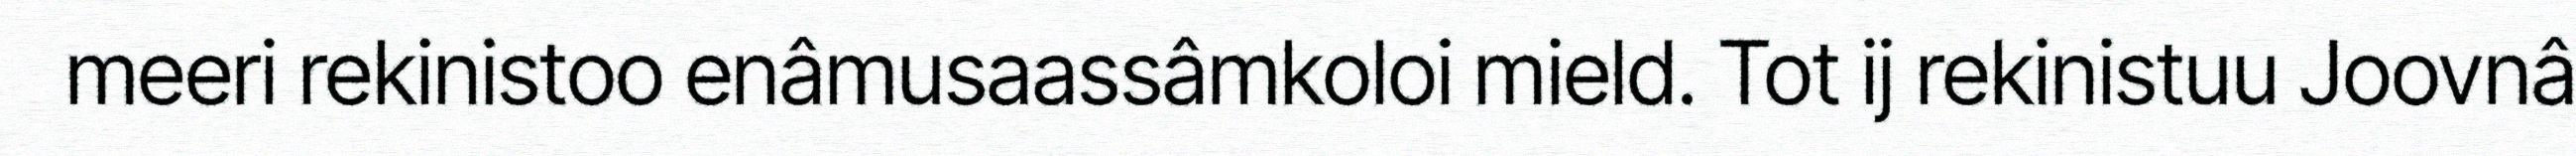
meeri rekinistoo enâmusaassâmkoloi mield. Tot ij rekinistuu Joovnâ